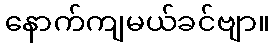
နောက်ကျမယ်ခင်ဗျာ။